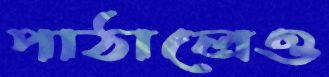
পাঠালেও